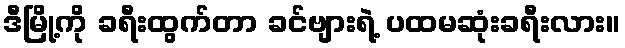
ဒီမြို့ကို ခရီးထွက်တာ ခင်ဗျားရဲ့ ပထမဆုံးခရီးလား။